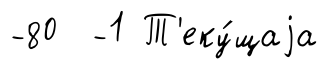
-80 -1 Т'еку́щаjа